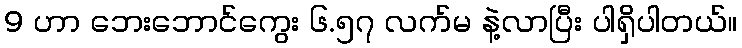
9 ဟာ ဘေးဘောင်ကွေး ၆.၅၇ လက်မ နဲ့လာပြီး ပါရှိပါတယ်။